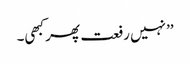
’’نہیں رفعت پھر کبھی۔